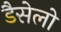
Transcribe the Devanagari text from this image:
डैसेलो